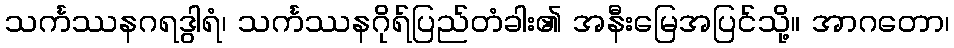
သင်္ကဿနဂရဒွါရံ၊ သင်္ကဿနဂိုရ်ပြည်တံခါး၏ အနီးမြေအပြင်သို့။ အာဂတော၊